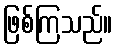
ဖြစ်ကြသည်။